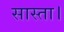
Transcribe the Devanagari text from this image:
सास्ता।